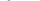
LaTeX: \smash{\boldsymbol{V}^{k}}